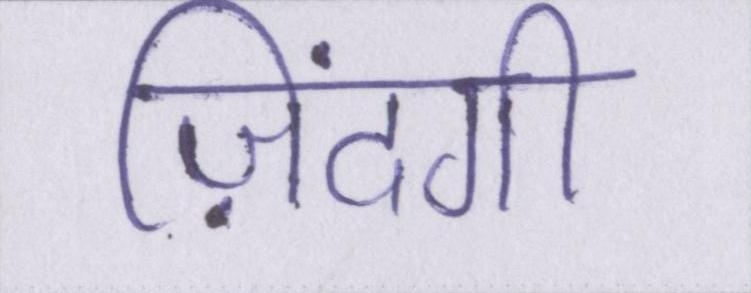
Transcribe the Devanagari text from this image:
ज़िंदगी